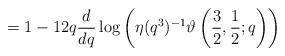
LaTeX: \begin{align*} =1-12q\frac{d}{dq}\log\left(\eta(q^3)^{-1}\vartheta\left(\frac{3}{2},\frac{1}{2};q\right)\right) \end{align*}